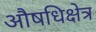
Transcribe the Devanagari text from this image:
औषधिक्षेत्र